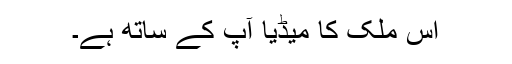
اس ملک کا میڈیا آپ کے ساتھ ہے۔